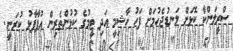
ސްރީލަންކާ ކޮޅަށް ލަނޑުޖެހުމަށް ފަހު ހާޝިމީ އަދި ޓީމުގެ ކުޅުންތެރިން އުފާފާޅު ކުރަނީ.